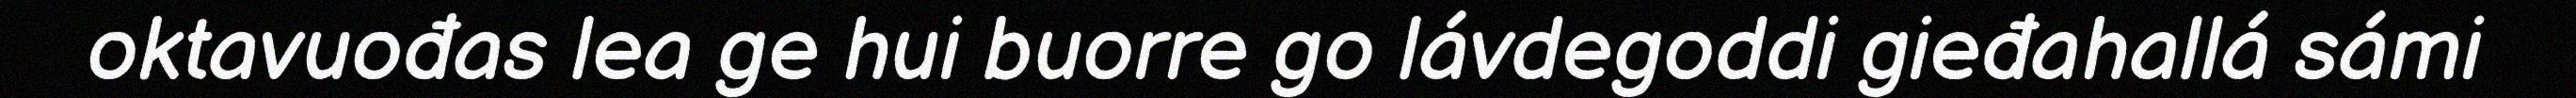
oktavuođas lea ge hui buorre go lávdegoddi gieđahallá sámi